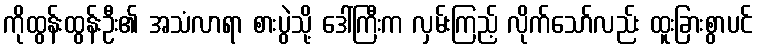
ကိုထွန်းထွန်းဦး၏ အသံလာရာ စားပွဲသို့ ဒေါ်ကြီးက လှမ်းကြည့် လိုက်သော်လည်း ထူးခြားစွာပင်